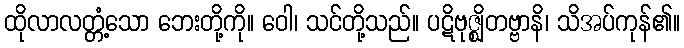
ထိုလာလတ္တံ့သော ဘေးတို့ကို။ ဝေါ၊ သင်တို့သည်။ ပဋိဗုဇ္ဈိတဗ္ဗာနိ၊ သိအပ်ကုန်၏။